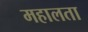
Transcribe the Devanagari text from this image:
महालता